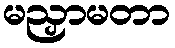
မညှာမတာ